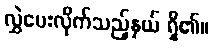
လွှဲပေးလိုက်သည့်နှယ် ရှိ၏။